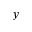
y